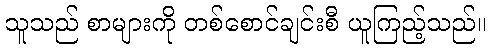
သူသည် စာများကို တစ်စောင်ချင်းစီ ယူကြည့်သည်။